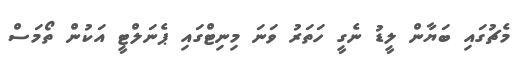
މެޗުގައި ބަޔާން ލީޑު ނެގީ ހަތަރު ވަނަ މިނިޓްގައި ޕެނަލްޓީ އަކުން ތޯމަސް